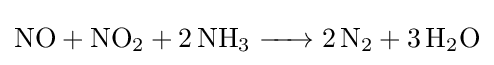
{\ce {NO + NO2 + 2 NH3 -> 2 N2 + 3 H2O}}